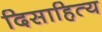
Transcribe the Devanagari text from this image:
दिसाहित्य